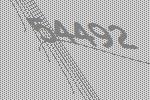
54492